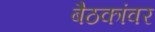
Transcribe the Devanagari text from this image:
बैठकांवर